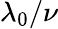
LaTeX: \lambda_{0}/\nu